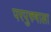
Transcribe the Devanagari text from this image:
परपुरुषाला